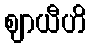
ဈာယီဟိ